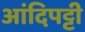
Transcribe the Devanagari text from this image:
आंदिपट्टी